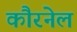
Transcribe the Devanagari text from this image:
कौरनेल